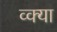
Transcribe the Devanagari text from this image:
व्क्या